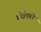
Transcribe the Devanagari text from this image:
सीईएबी